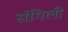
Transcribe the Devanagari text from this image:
संगिली